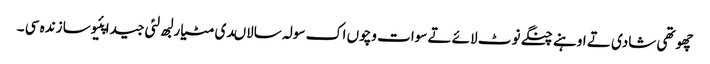
چھوتھی شادی تے اوہنے چنگے نوٹ لائے تے سوات وچوں اک سولہ سالاںدی مٹیار لبھ لئی جیدا پئیوسا زندہ سی ۔